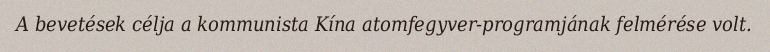
A bevetések célja a kommunista Kína atomfegyver-programjának felmérése volt.